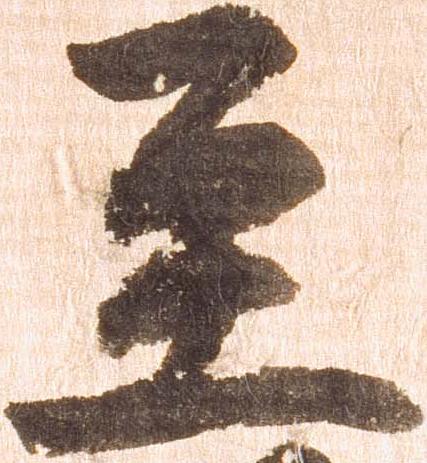
至